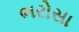
ભરોસા